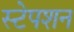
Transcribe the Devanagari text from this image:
स्‍टेपशन